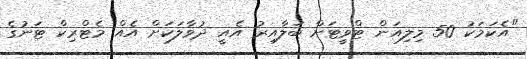
"އެކަމަކު 50 މިލިއަން ޓްވީޓަށް ބަލާއިރު އެއީ ދުވާލަކަށް އެއް މެޓްރިކް ޓަނުގެ